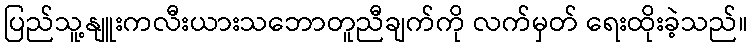
ပြည်သူ့နျူးကလီးယားသဘောတူညီချက်ကို လက်မှတ် ရေးထိုးခဲ့သည်။